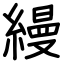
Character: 縵